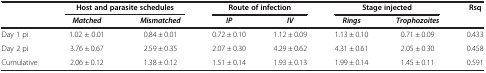
<table><thead><tr><td><b> </b></td><td colspan="2"><b>Host and parasite schedules</b></td><td colspan="2"><b>Route of infection</b></td><td colspan="2"><b>Stage injected</b></td><td rowspan="2"><b>Rsq</b></td></tr><tr><td><b> </b></td><td><b><i>Matched</i></b></td><td><b><i>Mismatched</i></b></td><td><b><i>IP</i></b></td><td><b><i>IV</i></b></td><td><b><i>Rings</i></b></td><td><b><i>Trophozoites</i></b></td></tr></thead><tbody><tr><td>Day 1 pi</td><td>1.02 ± 0.01</td><td>0.84 ± 0.01</td><td>0.72 ± 0.10</td><td>1.12 ± 0.09</td><td>1.13 ± 0.10</td><td>0.71 ± 0.09</td><td>0.433</td></tr><tr><td>Day 2 pi</td><td>3.76 ± 0.67</td><td>2.59 ± 0.35</td><td>2.07 ± 0.30</td><td>4.29 ± 0.62</td><td>4.31 ± 0.61</td><td>2.05 ± 0.30</td><td>0.458</td></tr><tr><td>Cumulative</td><td>2.06 ± 0.12</td><td>1.38 ± 0.12</td><td>1.51 ± 0.14</td><td>1.93 ± 0.13</td><td>1.99 ± 0.14</td><td>1.45 ± 0.11</td><td>0.591</td></tr></tbody></table>